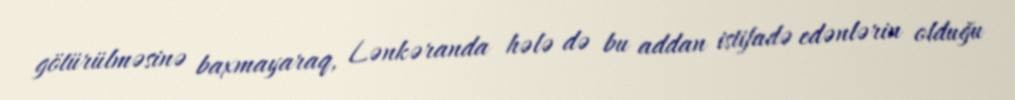
götürülməsinə baxmayaraq, Lənkəranda hələ də bu addan istifadə edənlərin olduğu